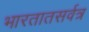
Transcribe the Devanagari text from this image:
भारतातसर्वत्र